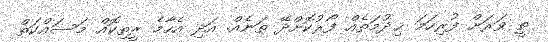
ތީ ވަރަށް ފުރިހަމަ ޚިދުމަތެއް ފޯރުކޮށްދޭ ތަނެއް. އަދި އެހާމެ ރީތިކޮއް މަސައްކަތް